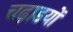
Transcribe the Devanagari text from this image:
चढ़ाडयों